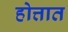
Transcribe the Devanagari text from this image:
होत्तात